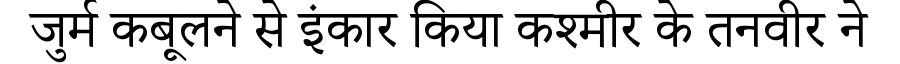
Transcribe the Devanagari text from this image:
जुर्म कबूलने से इंकार किया कश्मीर के तनवीर ने